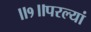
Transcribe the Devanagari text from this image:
॥१॥परल्यां